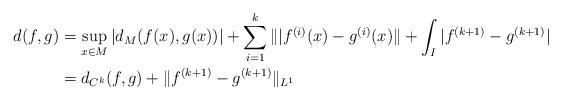
LaTeX: \begin{align*}d(f,g) &= \displaystyle\sup_{x\in M}|d_M(f(x),g(x))|+\sum_{i=1}^k\||f^{(i)}(x)-g^{(i)}(x)\|+\int_I|f^{(k+1)}-g^{(k+1)}|\\&= d_{C^k}(f,g)+\|f^{(k+1)}-g^{(k+1)}\|_{L^1}\end{align*}